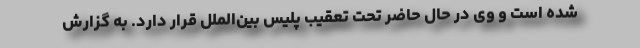
شده است و وی در حال حاضر تحت تعقیب پلیس بین‌الملل قرار دارد. به گزارش